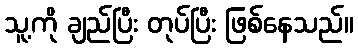
သူ့ကို ချည်ပြီး တုပ်ပြီး ဖြစ်နေသည်။